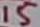
Text: 15